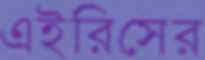
এইরিসের